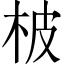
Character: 柀